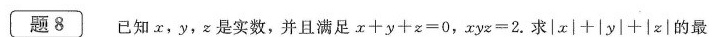
题8 已知x，y，z是实数，并且满足$$x十y+z=0，xyz=2.求|x|+|y|+|z|$$的最